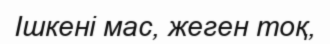
Ішкені мас, жеген тоқ,